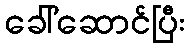
ခေါ်ဆောင်ပြီး